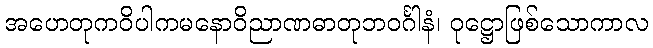
အဟေတုကဝိပါကမနောဝိညာဏဓာတုဘဝင်္ဂါနံ၊ ဝုဋ္ဌောဖြစ်သောကာလ